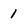
Character: 1